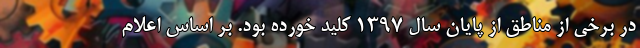
در برخی از مناطق از پایان سال ۱۳۹۷ کلید خورده بود. بر اساس اعلام